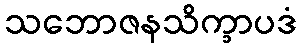
သဘောဇနသိက္ခာပဒံ